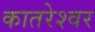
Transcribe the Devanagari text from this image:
कातरेश्वर